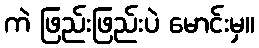
ကဲ ဖြည်းဖြည်းပဲ မောင်းမှ။